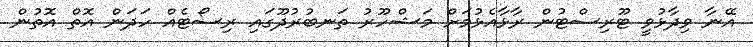
އޭނާ ވިދާޅުވީ ޓޫރިސްޓުން ރާޅާއެޅުމަށް މަޝްހޫރު ތަނބުރުދޫގައި ރިސޯޓެއް ހަދަން އޮތް އޮތުން